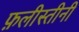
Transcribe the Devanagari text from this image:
फ़लीस्तीनी